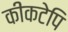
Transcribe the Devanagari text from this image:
कीकटेपि